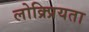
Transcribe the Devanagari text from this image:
लोक्र्प्रियता